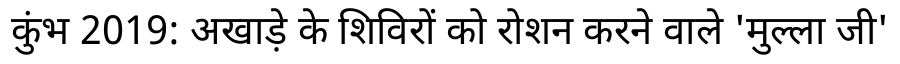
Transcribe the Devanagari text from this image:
कुंभ 2019: अखाड़े के शिविरों को रोशन करने वाले 'मुल्ला जी'